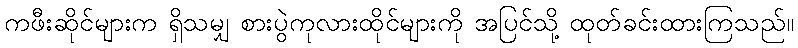
ကဖီးဆိုင်များက ရှိသမျှ စားပွဲကုလားထိုင်များကို အပြင်သို့ ထုတ်ခင်းထားကြသည်။